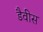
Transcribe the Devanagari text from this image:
डैवीस